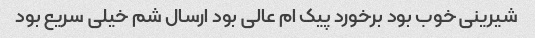
شیرینی خوب بود برخورد پیک ام عالی بود ارسال شم خیلی سریع بود